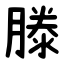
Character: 滕